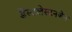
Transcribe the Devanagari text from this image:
डेंस्टलेस्टनजेन